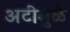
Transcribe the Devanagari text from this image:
अटीमुळे